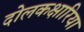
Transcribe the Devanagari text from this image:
दोलकक्षारिया